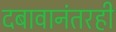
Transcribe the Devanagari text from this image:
दबावानंतरही